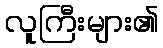
လူကြီးများ၏